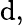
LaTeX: \mathrm{d},